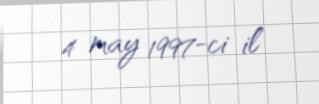
4 may 1997-ci il